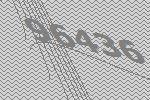
96436